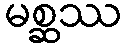
မစ္ဆဿ